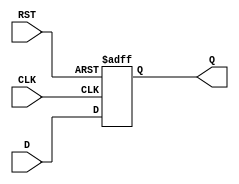
module stage_register #(
    parameter WIDTH = 8 // Define the width of the register, default to 8 bits
)(
    input wire [WIDTH-1:0] D,     // Data input
    input wire CLK,                // Clock signal
    input wire RST,                // Reset signal
    output reg [WIDTH-1:0] Q       // Data output
);

// Synchronous logic for data storage
always @(posedge CLK or posedge RST) begin
    if (RST) begin
        Q <= {WIDTH{1'b0}};        // Asynchronous reset: set Q to 0
    end else begin
        Q <= D;                   // Capture data on clock edge
    end
end

endmodule